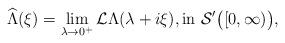
LaTeX: \begin{align*}\widehat{\Lambda}(\xi)=\lim_{\lambda \to 0^+}\mathcal{L} \Lambda (\lambda +i\xi),\mathrm{in}\ \mathcal{S}^\prime \big([0,\infty )\big),\end{align*}